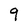
Character: 9